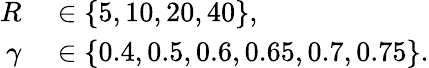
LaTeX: \begin{array}{rl}{R}&{{}\in\{ 5,10,20,40\} ,}\\ {\gamma}&{{}\in\{ 0.4,0.5,0.6,0.65,0.7,0.75\} .}\end{array}